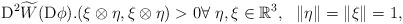
\begin{align*}{\rm D}^2\widetilde{W}({\rm D}\phi).(\xi\otimes\eta,\xi\otimes\eta)>0\forall\ \eta, \xi\in \mathbb{R}^3, \ \ \lVert \eta\rVert=\lVert \xi\rVert=1,\end{align*}